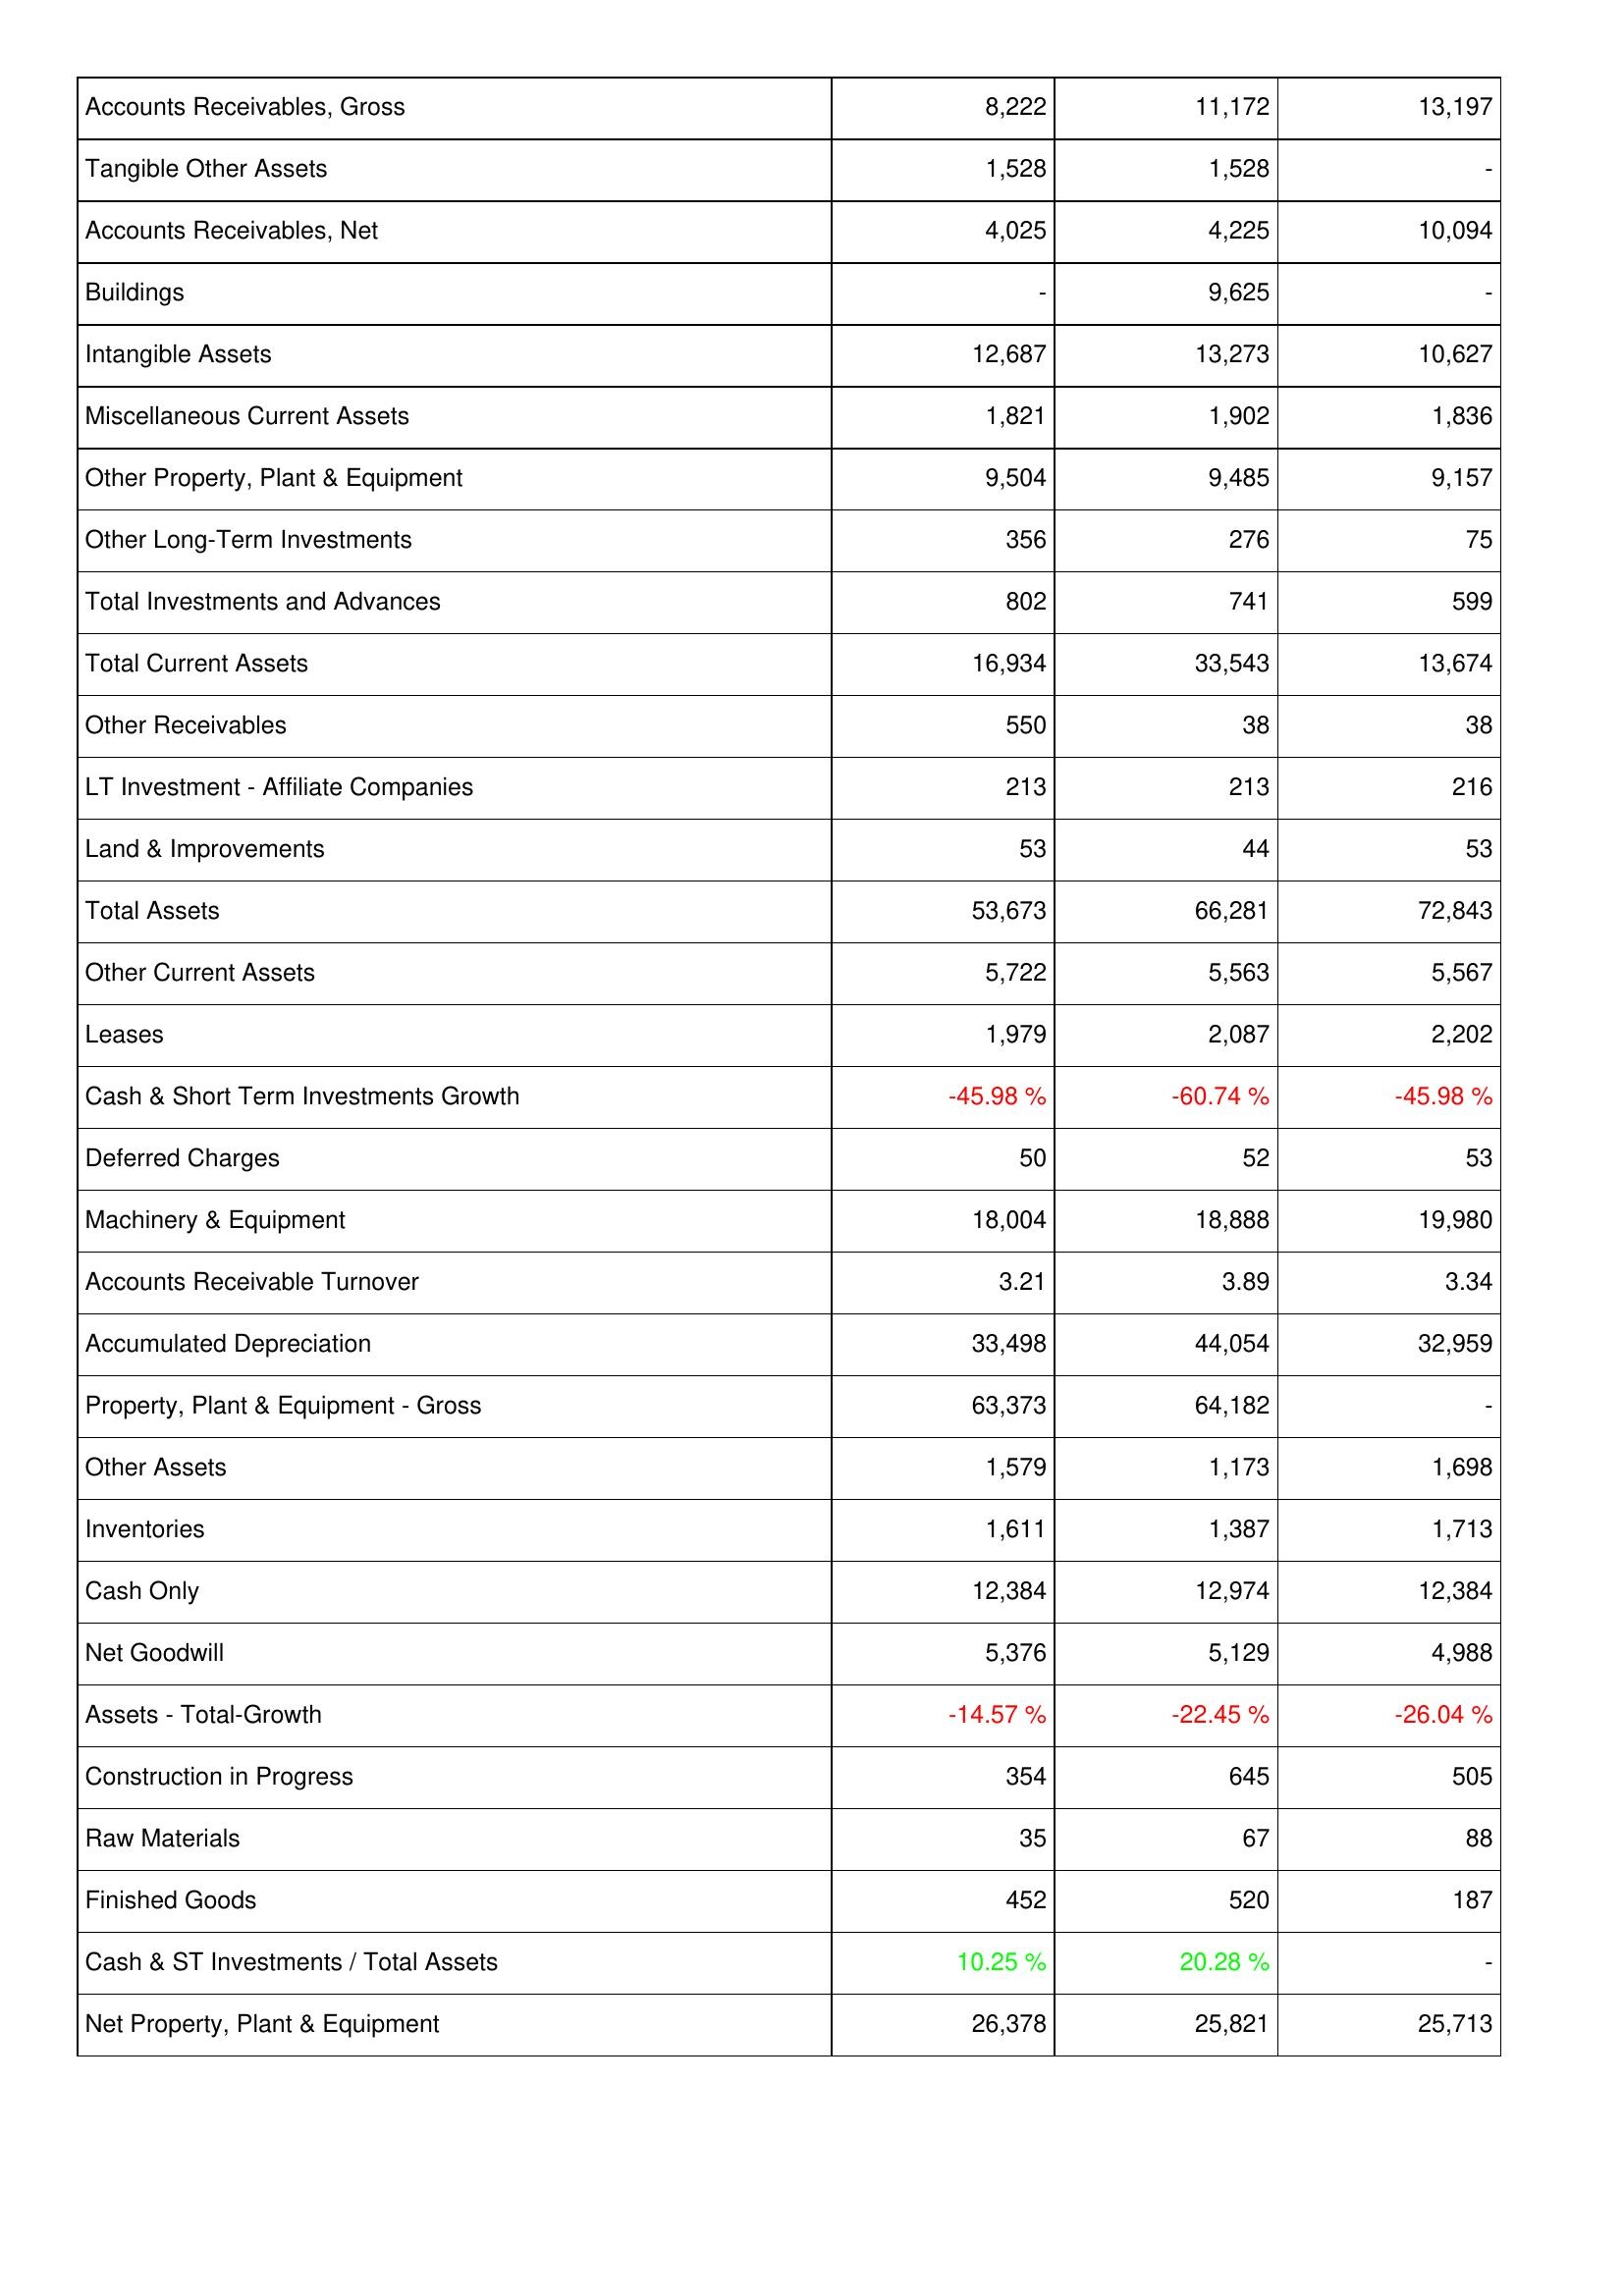
2015: Assets: Accounts Receivables, Gross: 8,222
Tangible Other Assets: 1,528
Accounts Receivables, Net: 4,025
Buildings: -
Intangible Assets: 12,687
Miscellaneous Current Assets: 1,821
Other Property, Plant & Equipment: 9,504
Other Long-Term Investments: 356
Total Investments and Advances: 802
Total Current Assets: 16,934
Other Receivables: 550
LT Investment - Affiliate Companies: 213
Land & Improvements: 53
Total Assets: 53,673
Other Current Assets: 5,722
Leases: 1,979
Cash & Short Term Investments Growth: -45.98 %
Deferred Charges: 50
Machinery & Equipment: 18,004
Accounts Receivable Turnover: 3.21
Accumulated Depreciation: 33,498
Property, Plant & Equipment - Gross: 63,373
Other Assets: 1,579
Inventories: 1,611
Cash Only: 12,384
Net Goodwill: 5,376
Assets - Total-Growth: -14.57 %
Construction in Progress: 354
Raw Materials: 35
Finished Goods: 452
Cash & ST Investments / Total Assets: 10.25 %
Net Property, Plant & Equipment: 26,378
2014: Assets: Accounts Receivables, Gross: 11,172
Tangible Other Assets: 1,528
Accounts Receivables, Net: 4,225
Buildings: 9,625
Intangible Assets: 13,273
Miscellaneous Current Assets: 1,902
Other Property, Plant & Equipment: 9,485
Other Long-Term Investments: 276
Total Investments and Advances: 741
Total Current Assets: 33,543
Other Receivables: 38
LT Investment - Affiliate Companies: 213
Land & Improvements: 44
Total Assets: 66,281
Other Current Assets: 5,563
Leases: 2,087
Cash & Short Term Investments Growth: -60.74 %
Deferred Charges: 52
Machinery & Equipment: 18,888
Accounts Receivable Turnover: 3.89
Accumulated Depreciation: 44,054
Property, Plant & Equipment - Gross: 64,182
Other Assets: 1,173
Inventories: 1,387
Cash Only: 12,974
Net Goodwill: 5,129
Assets - Total-Growth: -22.45 %
Construction in Progress: 645
Raw Materials: 67
Finished Goods: 520
Cash & ST Investments / Total Assets: 20.28 %
Net Property, Plant & Equipment: 25,821
2013: Assets: Accounts Receivables, Gross: 13,197
Tangible Other Assets: -
Accounts Receivables, Net: 10,094
Buildings: -
Intangible Assets: 10,627
Miscellaneous Current Assets: 1,836
Other Property, Plant & Equipment: 9,157
Other Long-Term Investments: 75
Total Investments and Advances: 599
Total Current Assets: 13,674
Other Receivables: 38
LT Investment - Affiliate Companies: 216
Land & Improvements: 53
Total Assets: 72,843
Other Current Assets: 5,567
Leases: 2,202
Cash & Short Term Investments Growth: -45.98 %
Deferred Charges: 53
Machinery & Equipment: 19,980
Accounts Receivable Turnover: 3.34
Accumulated Depreciation: 32,959
Property, Plant & Equipment - Gross: -
Other Assets: 1,698
Inventories: 1,713
Cash Only: 12,384
Net Goodwill: 4,988
Assets - Total-Growth: -26.04 %
Construction in Progress: 505
Raw Materials: 88
Finished Goods: 187
Cash & ST Investments / Total Assets: -
Net Property, Plant & Equipment: 25,713